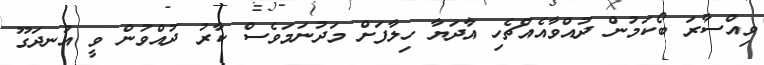
ވިއްސާރަ ބޯކަމުން ދުއްވާއެއްޗެހި އާދަޔާ ހިލާފަށް މަދުނަމަވެސް ކާރު ދުއްވުން ވީ އުނދަގޫ